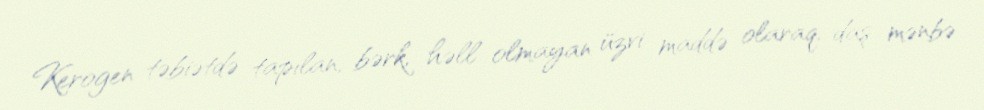
Kerogen təbiətdə tapılan, bərk, həll olmayan üzvi maddə olaraq, daş mənbə